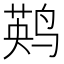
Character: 𲎀